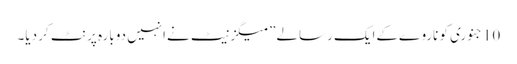
10جنوری کو ناروےکےایک رسالے”میگزنیٹ نےانہیں دوبارہ پرنٹ کر دیا۔